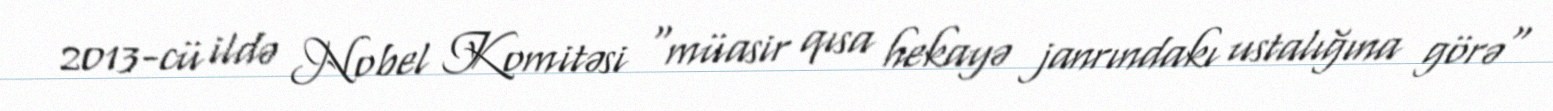
2013-cü ildə Nobel Komitəsi "müasir qısa hekayə janrındakı ustalığına görə"